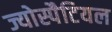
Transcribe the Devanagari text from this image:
ज्योस्पैटियल